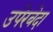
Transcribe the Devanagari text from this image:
उपेरबेदा